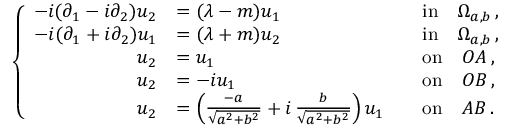
\left\{ \begin{array} { r l r l } { - i ( \partial _ { 1 } - i \partial _ { 2 } ) u _ { 2 } } & { = ( \lambda - m ) u _ { 1 } } & & { \mathrm { i n } \quad \Omega _ { a , b } \, , } \\ { - i ( \partial _ { 1 } + i \partial _ { 2 } ) u _ { 1 } } & { = ( \lambda + m ) u _ { 2 } } & & { \mathrm { i n } \quad \Omega _ { a , b } \, , } \\ { u _ { 2 } } & { = u _ { 1 } } & & { \mathrm { o n } \quad O A \, , } \\ { u _ { 2 } } & { = - i u _ { 1 } } & & { \mathrm { o n } \quad O B \, , } \\ { u _ { 2 } } & { = \left( \frac { - a } { \sqrt { a ^ { 2 } + b ^ { 2 } } } + i \, \frac { b } { \sqrt { a ^ { 2 } + b ^ { 2 } } } \right) u _ { 1 } } & & { \mathrm { o n } \quad A B \, . } \end{array} \right.